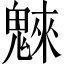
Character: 𩳳